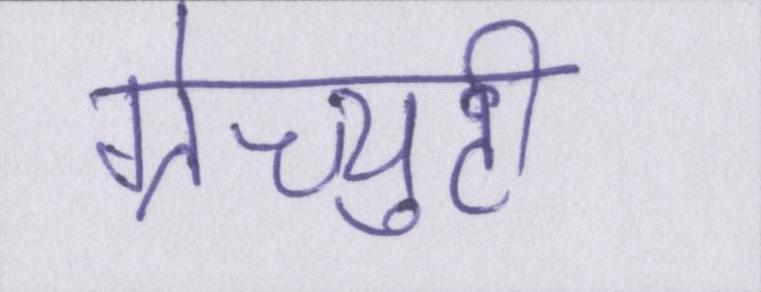
ग्रेच्युटी